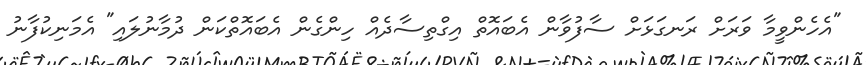
"އެހެންވީމާ ވަރަށް ރަނގަޅަށް ސާފުވާން އެބައޮތް އިގްތިސާދެއް ހިންގެން އެބައޮތްކަން ދުމާނުލައި" އެމަނިކުފާނު